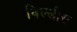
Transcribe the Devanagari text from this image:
विल्लौस